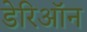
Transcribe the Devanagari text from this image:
डेरिऑन